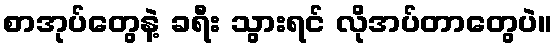
စာအုပ်တွေနဲ့ ခရီး သွားရင် လိုအပ်တာတွေပဲ။